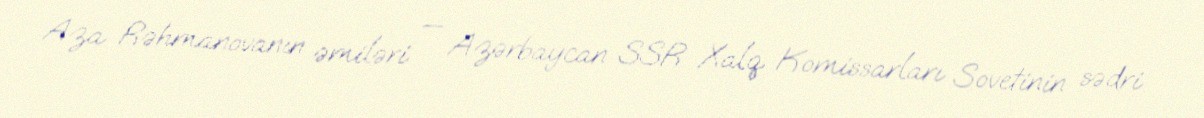
Aza Rəhmanovanın əmiləri — Azərbaycan SSR Xalq Komissarları Sovetinin sədri